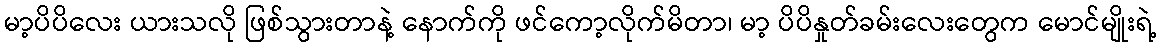
မာ့ပိပိလေး ယားသလို ဖြစ်သွားတာနဲ့ နောက်ကို ဖင်ကော့လိုက်မိတာ၊ မာ့ ပိပိနှုတ်ခမ်းလေးတွေက မောင်မျိုးရဲ့